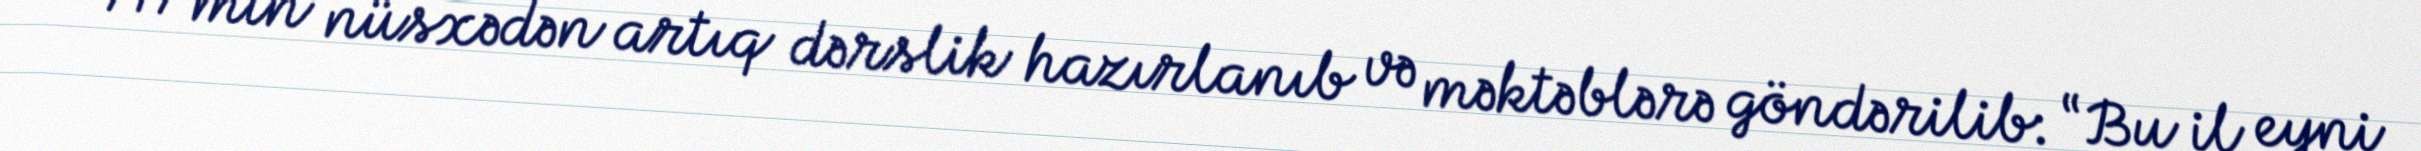
717 min nüsxədən artıq dərslik hazırlanıb və məktəblərə göndərilib: “Bu il eyni